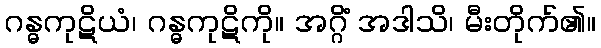
ဂန္ဓကုဋိယံ၊ ဂန္ဓကုဋိကို။ အဂ္ဂိံ အဒါသိ၊ မီးတိုက်၏။